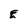
Character: E